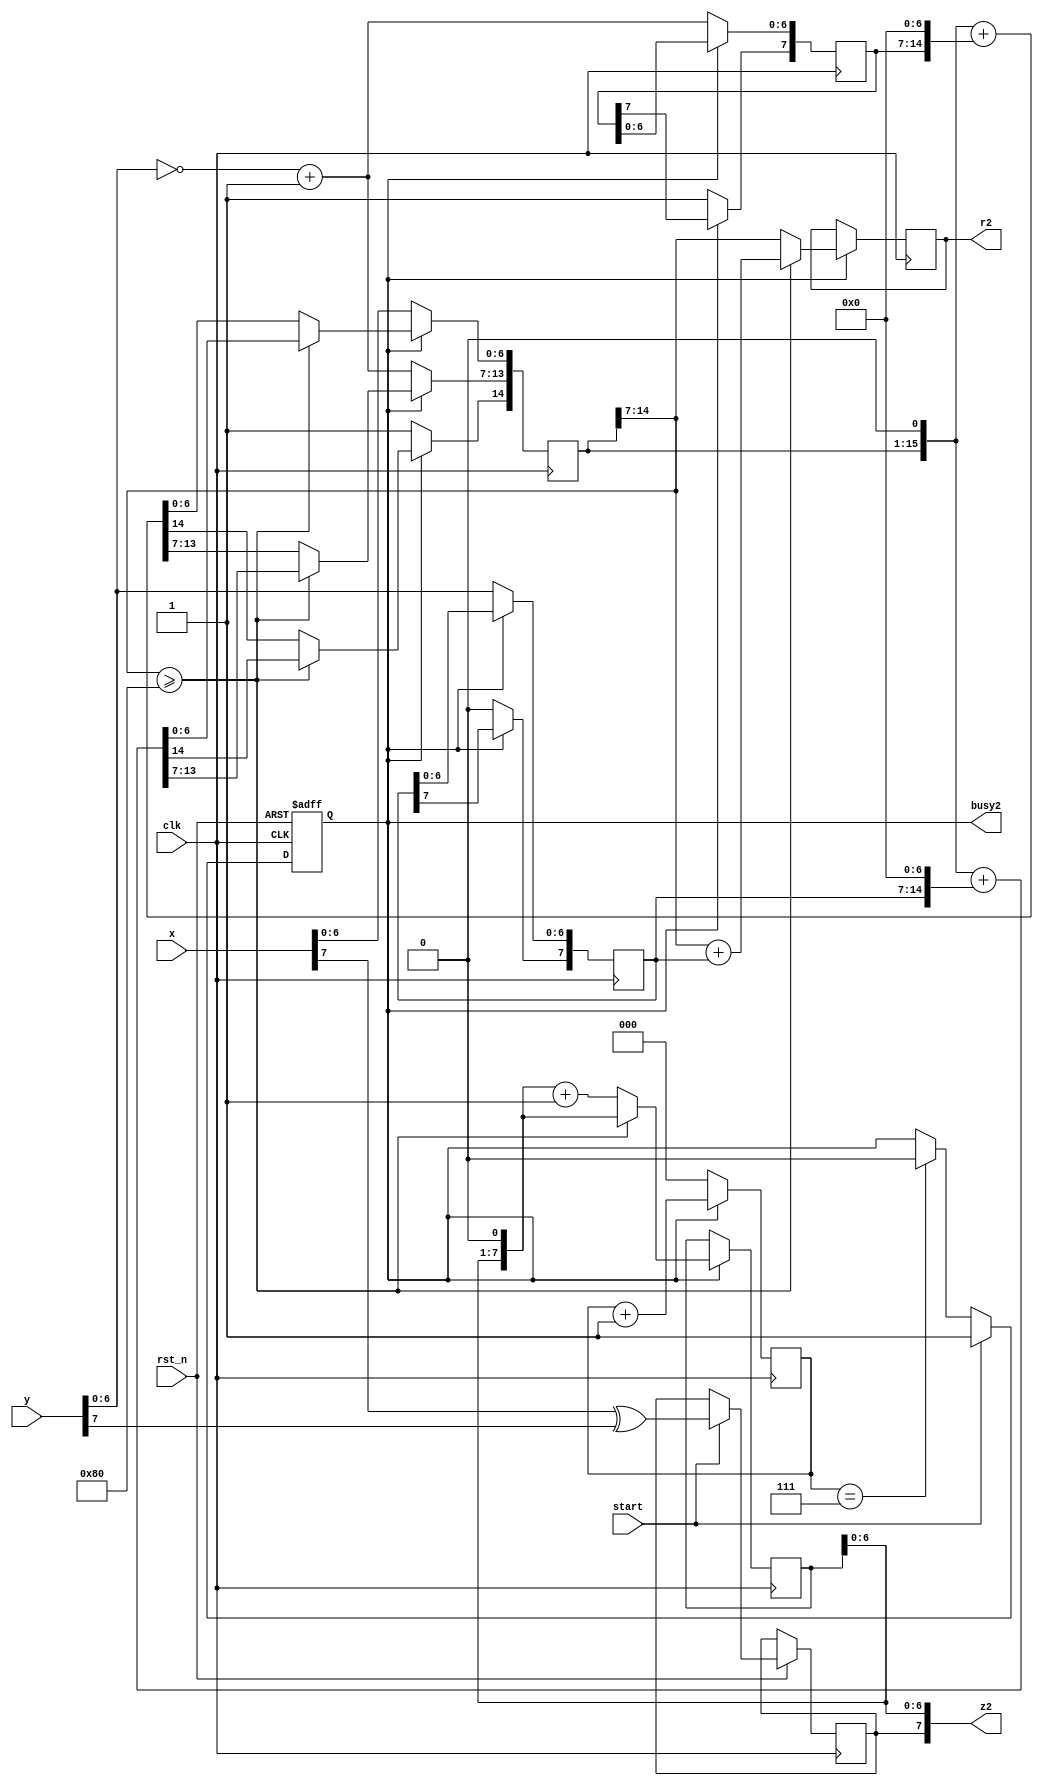
`timescale 1ns / 1ps
//////////////////////////////////////////////////////////////////////////////////
// Company: 
// Engineer: 
// 
// Design Name: 
// Module Name: div_as
// Project Name: 
// Target Devices: 
// Tool Versions: 
// Description: 
// 
// Dependencies: 
// 
// Revision:
// Revision 0.01 - File Created
// Additional Comments:
// 
//////////////////////////////////////////////////////////////////////////////////


module div_as (
    input  wire       clk  ,
    input  wire       rst_n,
    input  wire [7:0] x    ,
    input  wire [7:0] y    ,
    input  wire       start,
    output wire [7:0] z2   ,
    output reg  [7:0] r2 = 0,
    output reg        busy2 = 0     
);

//
reg [7:0] z0 = 8'b1111_1111;
//
reg [15:0] x0 = 0;
//
reg [7:0] y0 = 0;
//
reg [7:0] y1 = 0;
//
reg sign = 0;
//
reg [2:0] cnt = 0;

assign z2[7] = sign;
assign z2[6:0] = z0[6:0];

//
always @ (posedge clk) begin
    if(busy2) cnt <= cnt + 1;
    else cnt <= 0;
end

//busy2
always @ (posedge clk or negedge rst_n) begin
    //
    if(~rst_n) busy2 <= 0;
    
    else begin
        if(start) begin
            busy2 <= 1;
            sign <= x[7] ^ y[7];
        end
        else if(cnt == 3'b111) busy2 <= 0;    
    end
end

//
always @ (posedge clk) begin
    if(busy2) begin
        if(x0[14:7] >= 8'b1000_0000) begin
            z0 <= z0 << 1;
            r2 <= x0[14:7] + y0;
            x0 <= (x0 << 1) + (y0 << 7);
        end
        else begin
            z0 <= (z0 << 1) + 1;
            r2 <= x0[14:7];
            x0 <= (x0 << 1) + (y1 << 7);
        end
    end
    //
    else begin
        x0[15] <= 0;
        x0[14] <= 1;
        x0[13:7] <= ~y[6:0] + 1;
        x0[6:0] <= x[6:0];
        y0[7] <= 0;
        y0[6:0] <= y[6:0];
        y1[7] <= 1;
        y1[6:0] <= ~y[6:0] + 1;
    end
end

endmodule